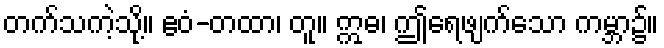
တက်သကဲ့သို့။ ဧဝံ-တထာ၊ တူ။ ဣဓ၊ ဤရေဖျက်သော ကမ္ဘာ၌။